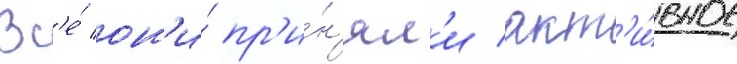
Вс'е́ он'и́ пр'и́н'ял'и акт'и́вное